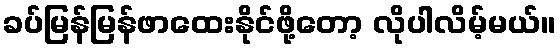
ခပ်မြန်မြန်ဖာထေးနိုင်ဖို့တော့ လိုပါလိမ့်မယ်။